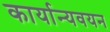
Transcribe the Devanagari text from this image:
कार्यान्यवयन